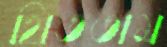
থিততাম